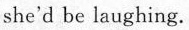
she'd be laughing.